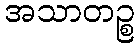
အသာတဉ္စ